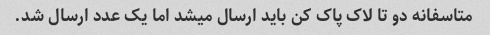
متاسفانه دو تا لاک پاک کن باید ارسال میشد اما یک عدد ارسال شد.